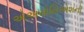
એઅસોસિએશનો